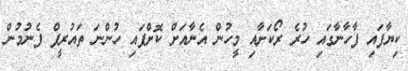
ކިޔާފައި ފާހާނާގައި ހުރެ ރޯކަށާއި މީހުން އެނާއަށް ކޮށްފައި ހުންނަ ތައުރީފް ފެނުމުން